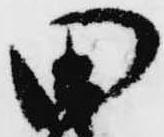
田